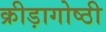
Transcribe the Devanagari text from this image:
क्रीड़ागोष्ठी